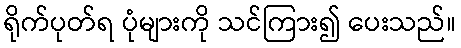
ရိုက်ပုတ်ရ ပုံများကို သင်ကြား၍ ပေးသည်။